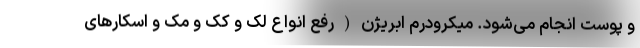
و پوست انجام می‌شود. میکرودرم ابریژن(رفع انواع لک و کک و مک و اسکارهای